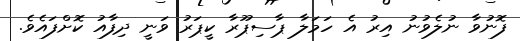
ފޮނުވާ ނުލެވުނު އިރު އެ ހަމަލާ ޕާސިޕޫރާ ކީޕަރު ވަނީ ދިފާއު ކޮށްފައެވެ.